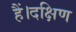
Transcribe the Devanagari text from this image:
हैं।दक्षिण